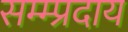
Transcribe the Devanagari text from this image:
सम्म्प्रदाय